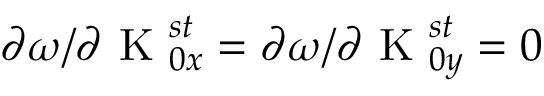
\partial \omega / \partial \textrm { K } _ { 0 x } ^ { s t } = \partial \omega / \partial \textrm { K } _ { 0 y } ^ { s t } = 0